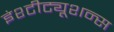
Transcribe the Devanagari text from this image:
इंश्टीट्यूशन्स